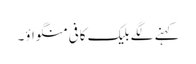
کہنے لگے بلیک کافی منگواؤ۔